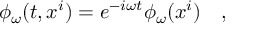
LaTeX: \phi _ { \omega } ( t , x ^ { i } ) = e ^ { - i \omega t } \phi _ { \omega } ( x ^ { i } ) ~ ~ ~ ,